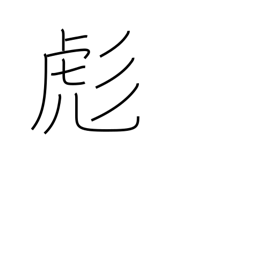
Meaning: small tiger